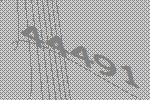
44491